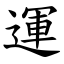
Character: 運